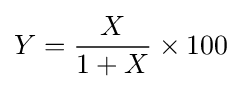
Y={\frac {X}{1+X}}\times 100